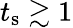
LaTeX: t_{\textrm{s}}\gtrsim 1